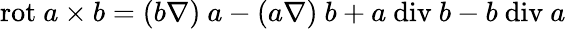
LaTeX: \textrm{rot}\ a\times b=(b\nabla)\ a-(a\nabla)\ b+a\ \textrm{div}\ b-b\ \textrm{div}\ a